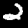
Digit: 2